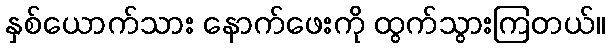
နှစ်ယောက်သား နောက်ဖေးကို ထွက်သွားကြတယ်။